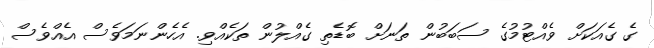
ގެ ގެއަކަށް ވެއްޓުމުގެ ސަބަބުން ތަނަށް ބޮޑެތި ގެއްލުން ތަކެއްވި. އެހެންނަމަވެސް އެއްވެސް